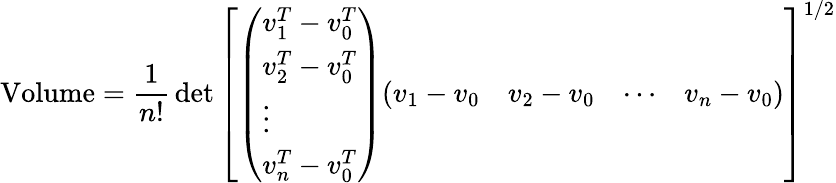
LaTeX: \mathrm{Volume}={\frac{1}{n!}}\operatorname*{det}\left[{\left(\begin{array}{l}{v_{1}^{T}-v_{0}^{T}}\\ {v_{2}^{T}-v_{0}^{T}}\\ {\vdots}\\ {v_{n}^{T}-v_{0}^{T}}\end{array}\right)}{\left(\begin{array}{llll}{v_{1}-v_{0}}&{v_{2}-v_{0}}&{\cdots}&{v_{n}-v_{0}}\end{array}\right)}\right]^{1/2}